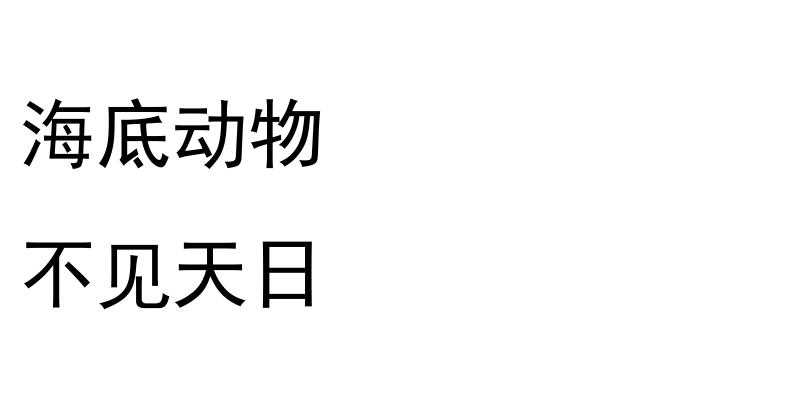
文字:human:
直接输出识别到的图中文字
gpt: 海底动物 不见天日